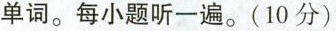
单词。每小题听一遍.。(10分)